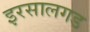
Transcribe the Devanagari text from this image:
इरसालगड